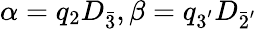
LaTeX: \alpha=q_{2}D_{\bar{3}},\beta=q_{3^{'}}D_{\bar{2}^{'}}